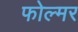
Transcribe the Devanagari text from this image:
फोल्मर